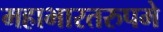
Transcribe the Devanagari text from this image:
महाभारतरुपमे